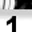
Digit: 1